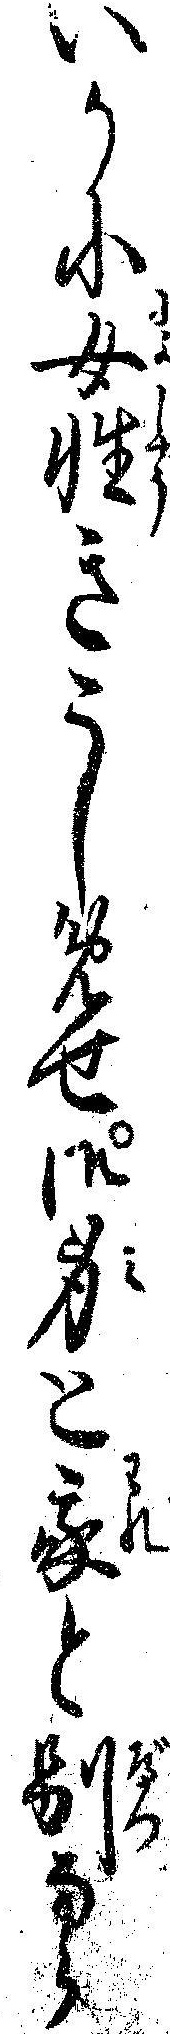
いかに女性きこしめせ御身と我と別なら